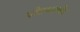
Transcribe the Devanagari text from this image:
पोटभरणीचं